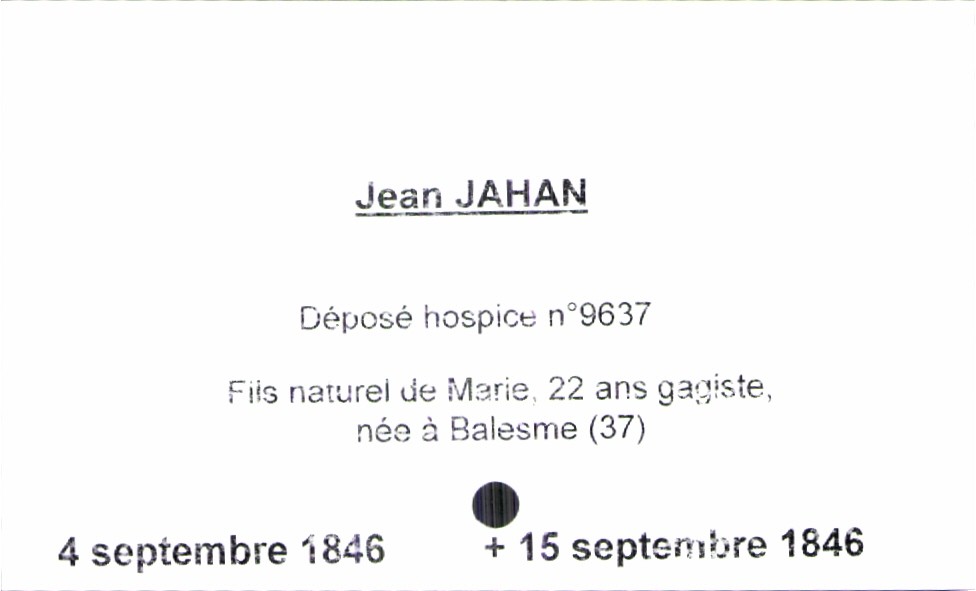
type_acte: Baptême
filiation: fils
enfant_prénom: Jean
enfant_date_de_naissance: 4 septembre 1846
enfant_date_de_décès: 15 septembre 1846
mère_enfant_nom: Jahan
mère_enfant_prénom: Marie
mère_enfant_âge: 22 ans
mère_enfant_profession: gagiste
mère_enfant_lieu_de_naissance: Balesme (37)